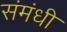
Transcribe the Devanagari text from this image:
संमंधी